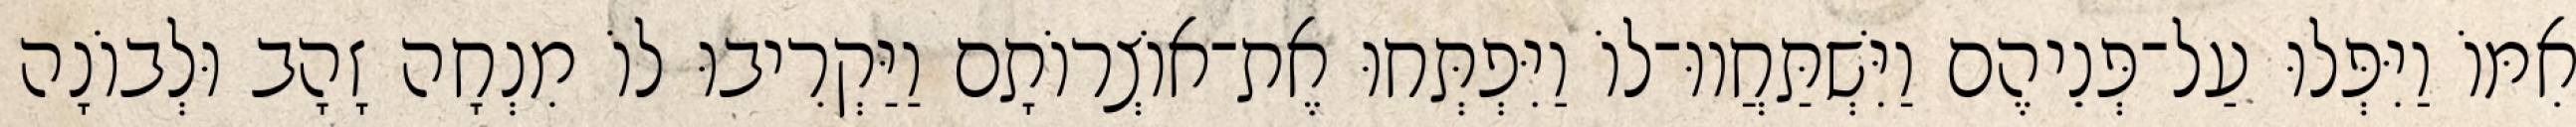
אִמּוֹ וַיִּפְּלוּ עַל־פְּנֵיהֶם וַיִּשְׁתַּחֲווּ־לוֹ וַיִּפְתְּחוּ אֶת־אוֹצְרוֹתָם וַיַּקְרִיבוּ לוֹ מִנְחָה זָהָב וּלְבוֹנָה